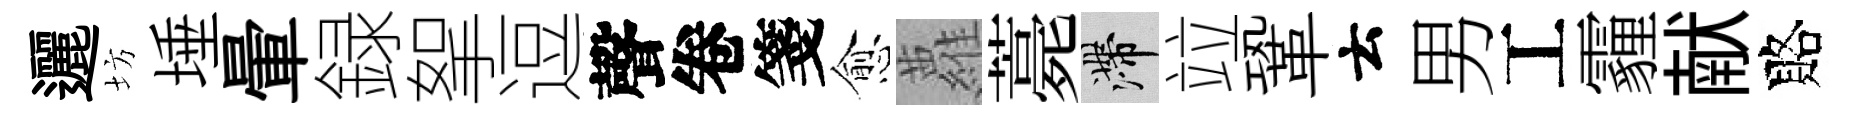
邐坊埵暈録挐逗聲卷箋愈蘿薧滯竝鞏云男工霾献賂